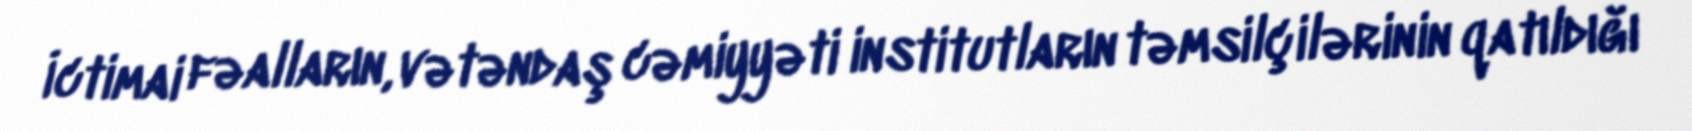
İctimai fəalların, vətəndaş cəmiyyəti institutların təmsilçilərinin qatıldığı